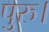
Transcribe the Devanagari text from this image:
पुरु।